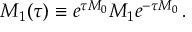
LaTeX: M _ { 1 } ( \tau ) \equiv e ^ { \tau M _ { 0 } } M _ { 1 } e ^ { - \tau M _ { 0 } } \, .